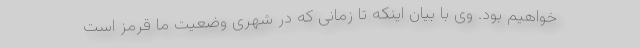
خواهیم بود. وی با بیان اینکه تا زمانی که در شهری وضعیت ما قرمز است